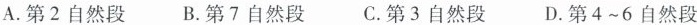
A.第2自然段 B.第7自然段 C.第3自然段 D.第4~6自然段